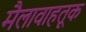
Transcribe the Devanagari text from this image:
मैलावाहतूक